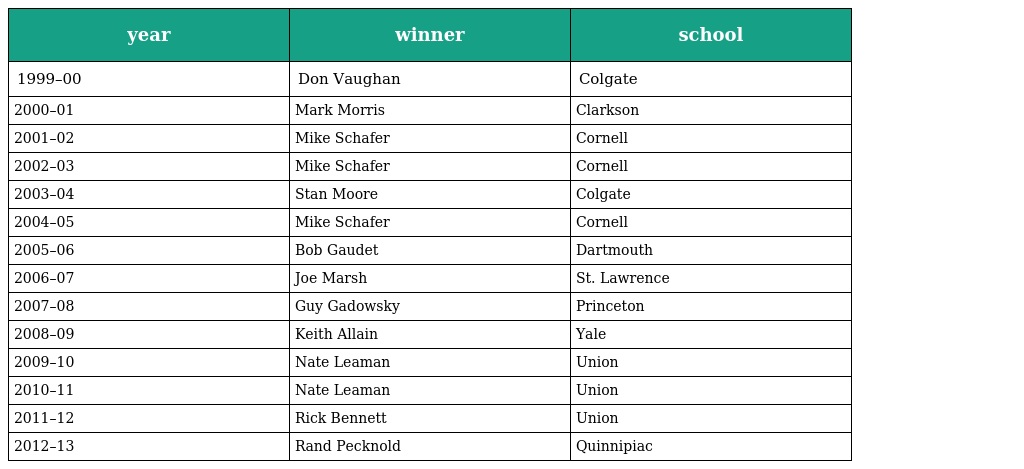
| year | winner | school |
 | --- | --- | --- |
 | 1999–00 | Don Vaughan | Colgate |
 | 2000–01 | Mark Morris | Clarkson |
 | 2001–02 | Mike Schafer | Cornell |
 | 2002–03 | Mike Schafer | Cornell |
 | 2003–04 | Stan Moore | Colgate |
 | 2004–05 | Mike Schafer | Cornell |
 | 2005–06 | Bob Gaudet | Dartmouth |
 | 2006–07 | Joe Marsh | St. Lawrence |
 | 2007–08 | Guy Gadowsky | Princeton |
 | 2008–09 | Keith Allain | Yale |
 | 2009–10 | Nate Leaman | Union |
 | 2010–11 | Nate Leaman | Union |
 | 2011–12 | Rick Bennett | Union |
 | 2012–13 | Rand Pecknold | Quinnipiac |